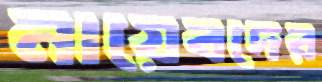
নায়েবদের